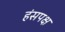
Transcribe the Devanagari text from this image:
हंसपक्ष